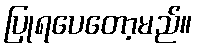
ပြုရပေတော့မည်။